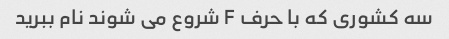
سه کشوری که با حرف F شروع می شوند نام ببرید